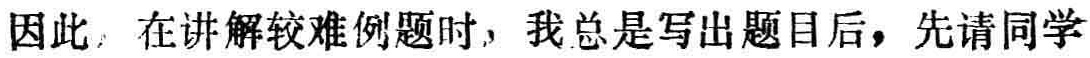
因此，在讲解较难例题时，我总是写出题目后，先请同学